Document type: Grant of rights
Year: 1280
Scribe: Pere Marc
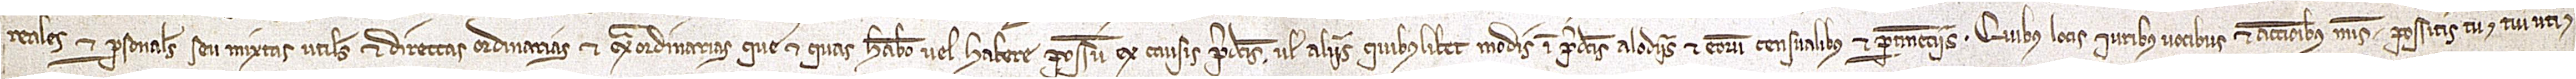
reales et personales seu mixtas, utiles et directas, ordinarias et extraordinarias, que et quas habeo vel habere possum ex causis predictis vel aliis quibuslibet modis in predictis alodiis et eorum censualibus et pertinenciis. Quibus locis, iuribu, vocibus et accionibus meis possitis tu et tui uti et